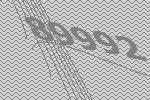
89992